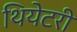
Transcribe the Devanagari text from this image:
थियेटरी